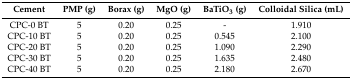
<table><thead><tr><td><b>Cement</b></td><td><b>PMP (g)</b></td><td><b>Borax (g)</b></td><td><b>MgO (g)</b></td><td><b>BaTiO<sub>3</sub> (g)</b></td><td><b>Colloidal Silica (mL)</b></td></tr></thead><tbody><tr><td>CPC-0 BT</td><td>5</td><td>0.20</td><td>0.25</td><td>-</td><td>1.910</td></tr><tr><td>CPC-10 BT</td><td>5</td><td>0.20</td><td>0.25</td><td>0.545</td><td>2.100</td></tr><tr><td>CPC-20 BT</td><td>5</td><td>0.20</td><td>0.25</td><td>1.090</td><td>2.290</td></tr><tr><td>CPC-30 BT</td><td>5</td><td>0.20</td><td>0.25</td><td>1.635</td><td>2.480</td></tr><tr><td>CPC-40 BT</td><td>5</td><td>0.20</td><td>0.25</td><td>2.180</td><td>2.670</td></tr></tbody></table>